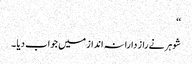
‘‘
شوہر نے راز دارانہ انداز میں جواب دیا ۔